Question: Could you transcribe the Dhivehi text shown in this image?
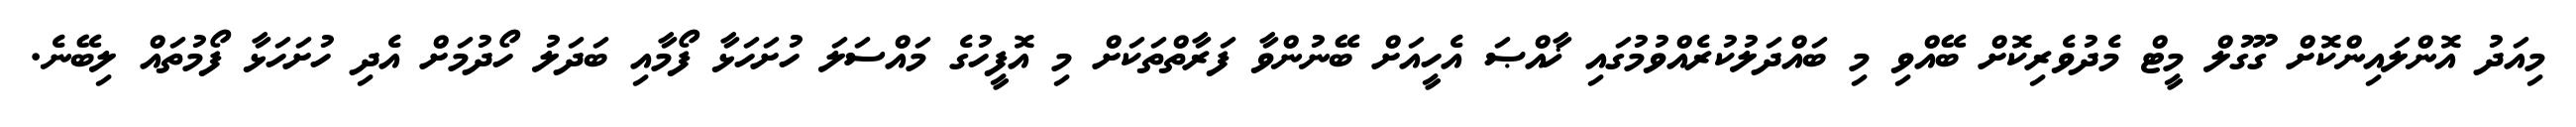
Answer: މިއަދު އޮންލައިންކޮށް ގޫގުލް މީޓް މެދުވެރިކޮށް ބޭއްވި މި ބައްދަލުކުރެއްވުމުގައި ޚާއްޞަ އެހީއަށް ބޭނުންވާ ފަރާތްތަކަށް މި އޮފީހުގެ މައްސަލަ ހުށަހަޅާ ފޯމާއި ބަދަލު ހޯދުމަށް އެދި ހުށަހަޅާ ފޯމުތައް ލިބޭނެ.